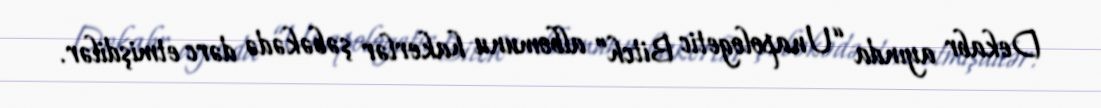
Dekabr ayında “Unapologetic Bitch” albomunu hakerlər şəbəkədə dərc etmişdilər.